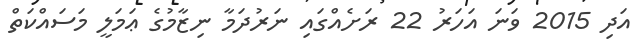
އަދި 2015 ވަނަ އަހަރު 22 ރަށެއްގައި ނަރުދަމާ ނިޒާމުގެ ޢަމަލީ މަސައްކަތް